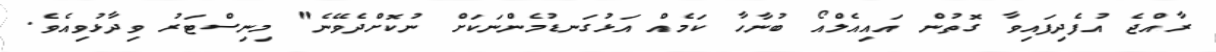
ރާއްޖެ އުފެދިފައިވާ ގޮތުން އައިއެލްއޯ ބުނާހާ ކަމެއް އަޅުގަނޑުމެންނަކަށް ނުކޮށްދެވޭނެ" މިނިސްޓަރު ވިދާޅުވިއެވެ.